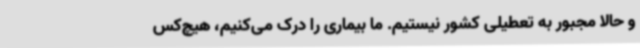
و حالا مجبور به تعطیلی کشور نیستیم. ما بیماری را درک می‌کنیم، هیچ‌کس